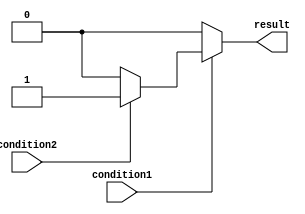
module nested_if_else (
    input wire condition1,
    input wire condition2,
    output reg result
);

always @(*) begin
    if (condition1) begin
        if (condition2) begin
            result = 1; // execute this code if both condition1 and condition2 are true
        end else begin
            result = 0; // execute this code if condition1 is true but condition2 is false
        end
    end else begin
        result = 0; // execute this code if condition1 is false
    end
end

endmodule